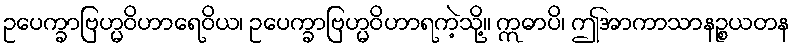
ဥပေက္ခာဗြဟ္မဝိဟာရေဝိယ၊ ဥပေက္ခာဗြဟ္မဝိဟာရကဲ့သို့။ ဣဓာပိ၊ ဤအာကာသာနဉ္စယတန